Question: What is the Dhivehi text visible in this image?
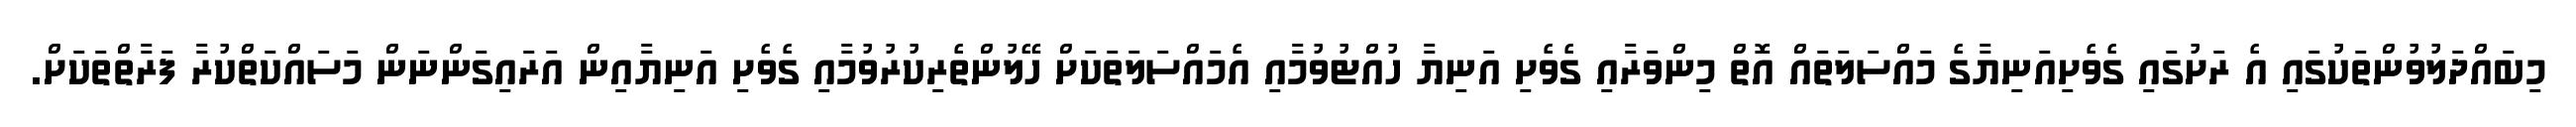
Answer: މިބައްދަލުވުންތަކުގައި އެ ރަށުގައި ގެވެށިއަނިޔާގެ މައްސަލަތައް އޮތް މިންވަރާއި ގެވެށި އަނިޔާ ހުއްޓުވުމާއި އެމައްސަލަތަކަށް ހޭލުންތެރިކުރުވުމާއި ގެވެށި އަނިޔާއިން އަރައިގަންނަން މަސައްކަތްކުރާ ފަރާތްތަކަށް.